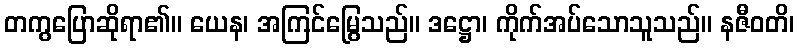
တကွပြောဆိုရာ၏။ ယေန၊ အကြင်မြွေသည်။ ဒဋ္ဌော၊ ကိုက်အပ်သောသူသည်။ နဇီဝတိ၊